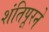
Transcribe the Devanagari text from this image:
शंतिपूरने